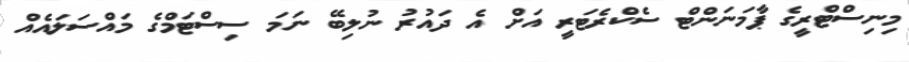
މިނިސްޓްރީގެ ޕާމަނަންޓް ސެކްރެޓަރީ އަށް އެ ދައުރު ނުލިބޭ ނަމަ ސިސްޓަމްގެ މައްސަލައެއް